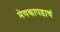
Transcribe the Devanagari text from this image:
मेणकापडाचं